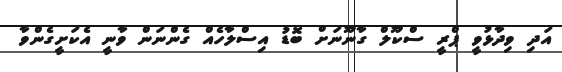
އަދި ވިދާޅުވީ ޕްރީ ސްކޫލް ގާނޫނަށް ބޮޑު އިސްލާހެއް ގެންނަން ވާނީ އެކަށީގެންވާ